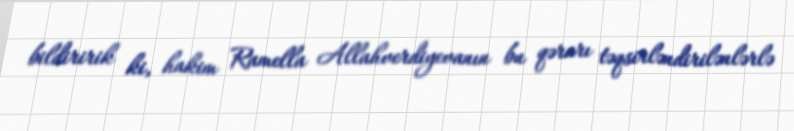
bildiririk ki, hakim Ramella Allahverdiyevanın bu qərarı təqsirləndirilənlərlə